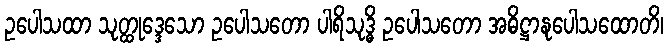
ဥပေါသထာ သုတ္ထုဒ္ဒေသော ဥပေါသတော ပါရိသုဒ္ဓိ ဥပေါသတော အဓိဋ္ဌာနုပေါသထောတိ၊